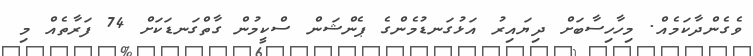
ވެގެންދާކަމެއް. މިހާހިސާބަށް ދިޔައިރު އަޅުގަނޑުމެންގެ ޕެންޝަން ސްކީމުން ގާތްގަނޑަކަށް 74 ފަރާތެއް މި